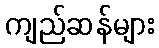
ကျည်ဆန်များ